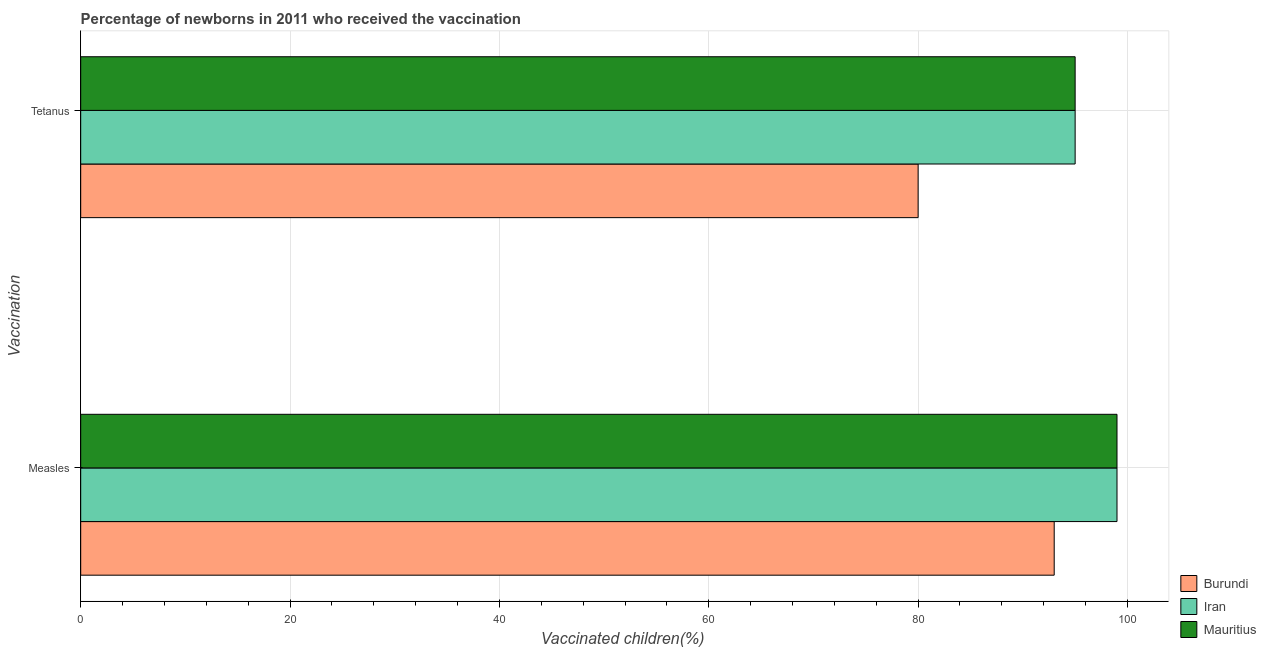
| Vaccination | Burundi | Iran | Mauritius |
 | --- | --- | --- | --- |
 | Measles | 93 | 99 | 99 |
 | Tetanus | 80 | 95 | 95 |